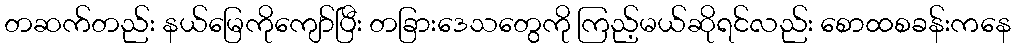
တဆက်တည်း နယ်မြေကိုကျော်ပြီး တခြားဒေသတွေကို ကြည့်မယ်ဆိုရင်လည်း စောထစခန်းကနေ